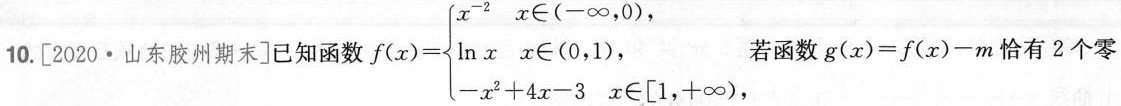
10. [2020·山东胶州期末]已知函数 $$f ( x ) = \begin{matrix} x ^ { - 2 } x ∈ ( - \infty , 0 ), \\ l n x x ∈ ( 0 , 1 ), \\ - x ^ { 2 } + 4 x - 3 x ∈ [ 1 , + \infty ) \\ \end{matrix}$$ 若函数$$g ( x ) = f ( x ) - m恰有2个零